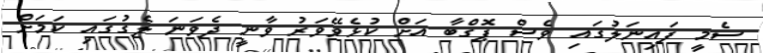
ސެމީ ފައިނަލުގައި ވެސް ޕޮގްބާ އަށް ކުޅެވޭވަރު ވާނީ ދެވަނަ ލެގުގައި ކަމަށް